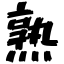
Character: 熟